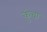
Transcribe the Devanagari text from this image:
कुंचा